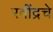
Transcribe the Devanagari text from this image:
रवींद्रचे